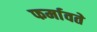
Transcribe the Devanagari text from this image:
फर्मावते